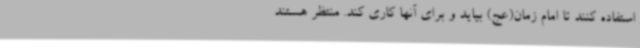
استفاده کنند تا امام زمان(عج) بیاید و برای آنها کاری کند. منتظر هستند